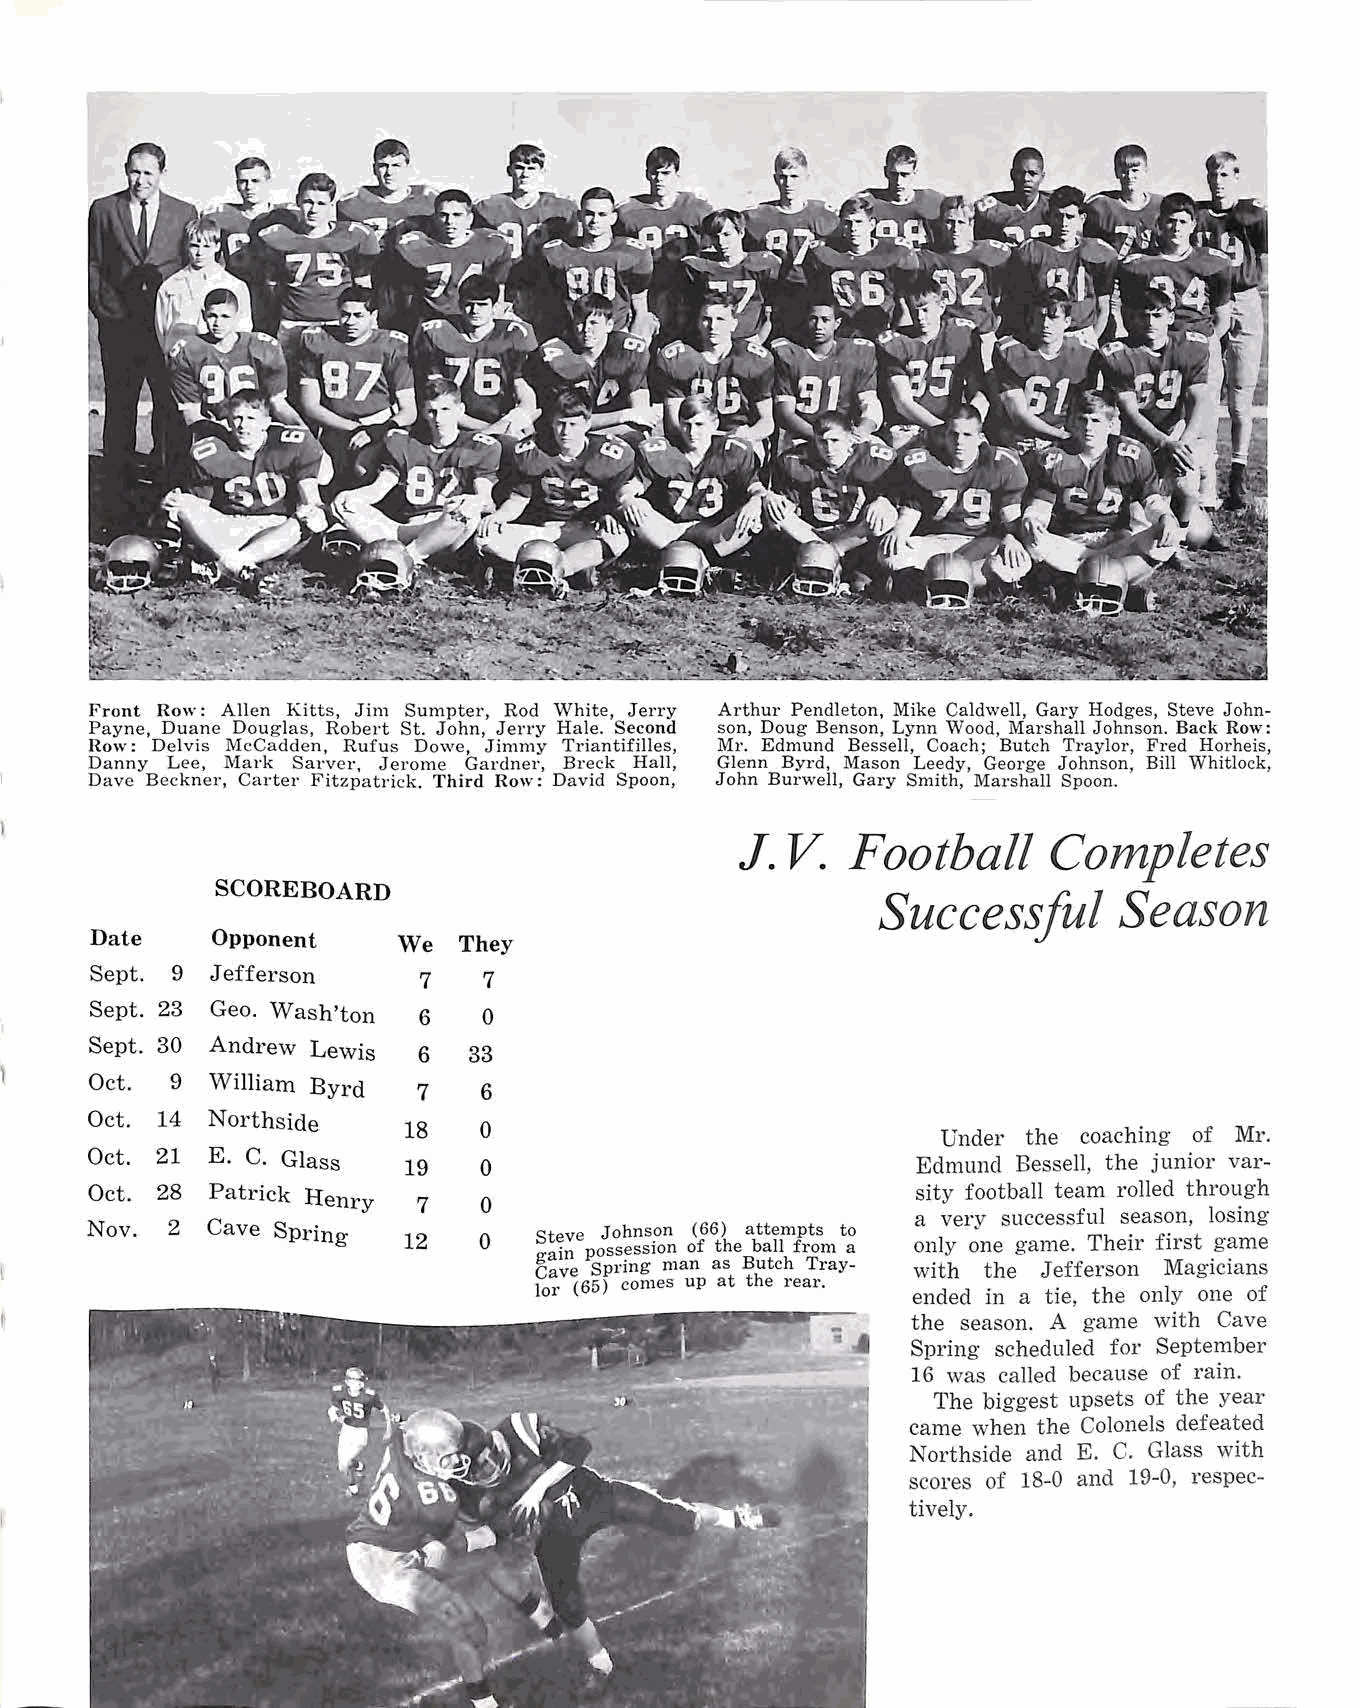
Front Row: Allen Kitts, Jim Sumpter, Rod White, Jerry Arthur Pendleton, Mike Caldwell, Gary Hodges, Steve John
 Payne, Duane Douglas, Robert St. John, Jerry Hale. Second son, Doug Benson, Lynn Wood, Marshall Johnson. Back Row:
 Row: Del vis McCadclen, Rufus Dowe, Jimmy Triantifilles, Mr. Edmund Bessell, Coach; Butch Traylor, Fred Horheis,
 Danny Lee, Mark Sarver, Jerome Gardner, Breck Hall, Glenn Byrd, Mason Leedy, George Johnson, Bill Whitlock,
 Dave Beckner, Carter Fitzpatrick. Third Row: David Spoon, John Burwell, Gary Smith, Marshall Spoon.
 J. V.  Football     Completes
 SCOREBOARD
 Successful      Season
 Date    Opponent    We  They
 Sept. 9 Jefferson     7   7
 Sept. 23 Geo. Wash'ton 6  0
 Sept. 30 Andrew Lewis 6  33
 Oct. 9  William Byrd  7   6
 Oct. 14 Northside
 18   0                             Under the coaching of Mr.
 Oct. 21 E. C. Glass  19   0                            Edmund Bessell, the junior var
 Oct. 28 Patrick Henry                                  sity football team rolled through
 7   0
 a very successful season, losing
 Nov. 2  Cave Spring          Steve Johns?n (66) attempts to
 12   0                           only one game. Their first game
 gain possession of the ball from a
 Cave Spring man as Butch Tray with the Jefferson Magicians
 lor (65) comes up at the rear.
 ended in a tie, the only one of
 the season. A game with Cave
 Spring scheduled for September
 16 was called because of rain.
 The biggest upsets of the year
 came when the Colonels defeated
 Northside and E. C. Glass with
 scores of 18-0 and 19-0, respec
 tively.